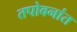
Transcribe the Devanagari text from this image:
तपोवनांत